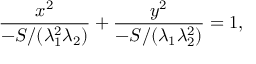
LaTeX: { \frac { x ^ { 2 } } { - S / ( \lambda _ { 1 } ^ { 2 } \lambda _ { 2 } ) } } + { \frac { y ^ { 2 } } { - S / ( \lambda _ { 1 } \lambda _ { 2 } ^ { 2 } ) } } = 1 ,